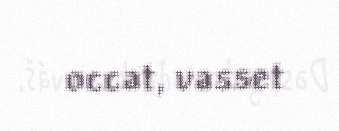
occat, vasset